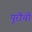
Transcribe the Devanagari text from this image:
पुरींची